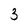
Character: 3